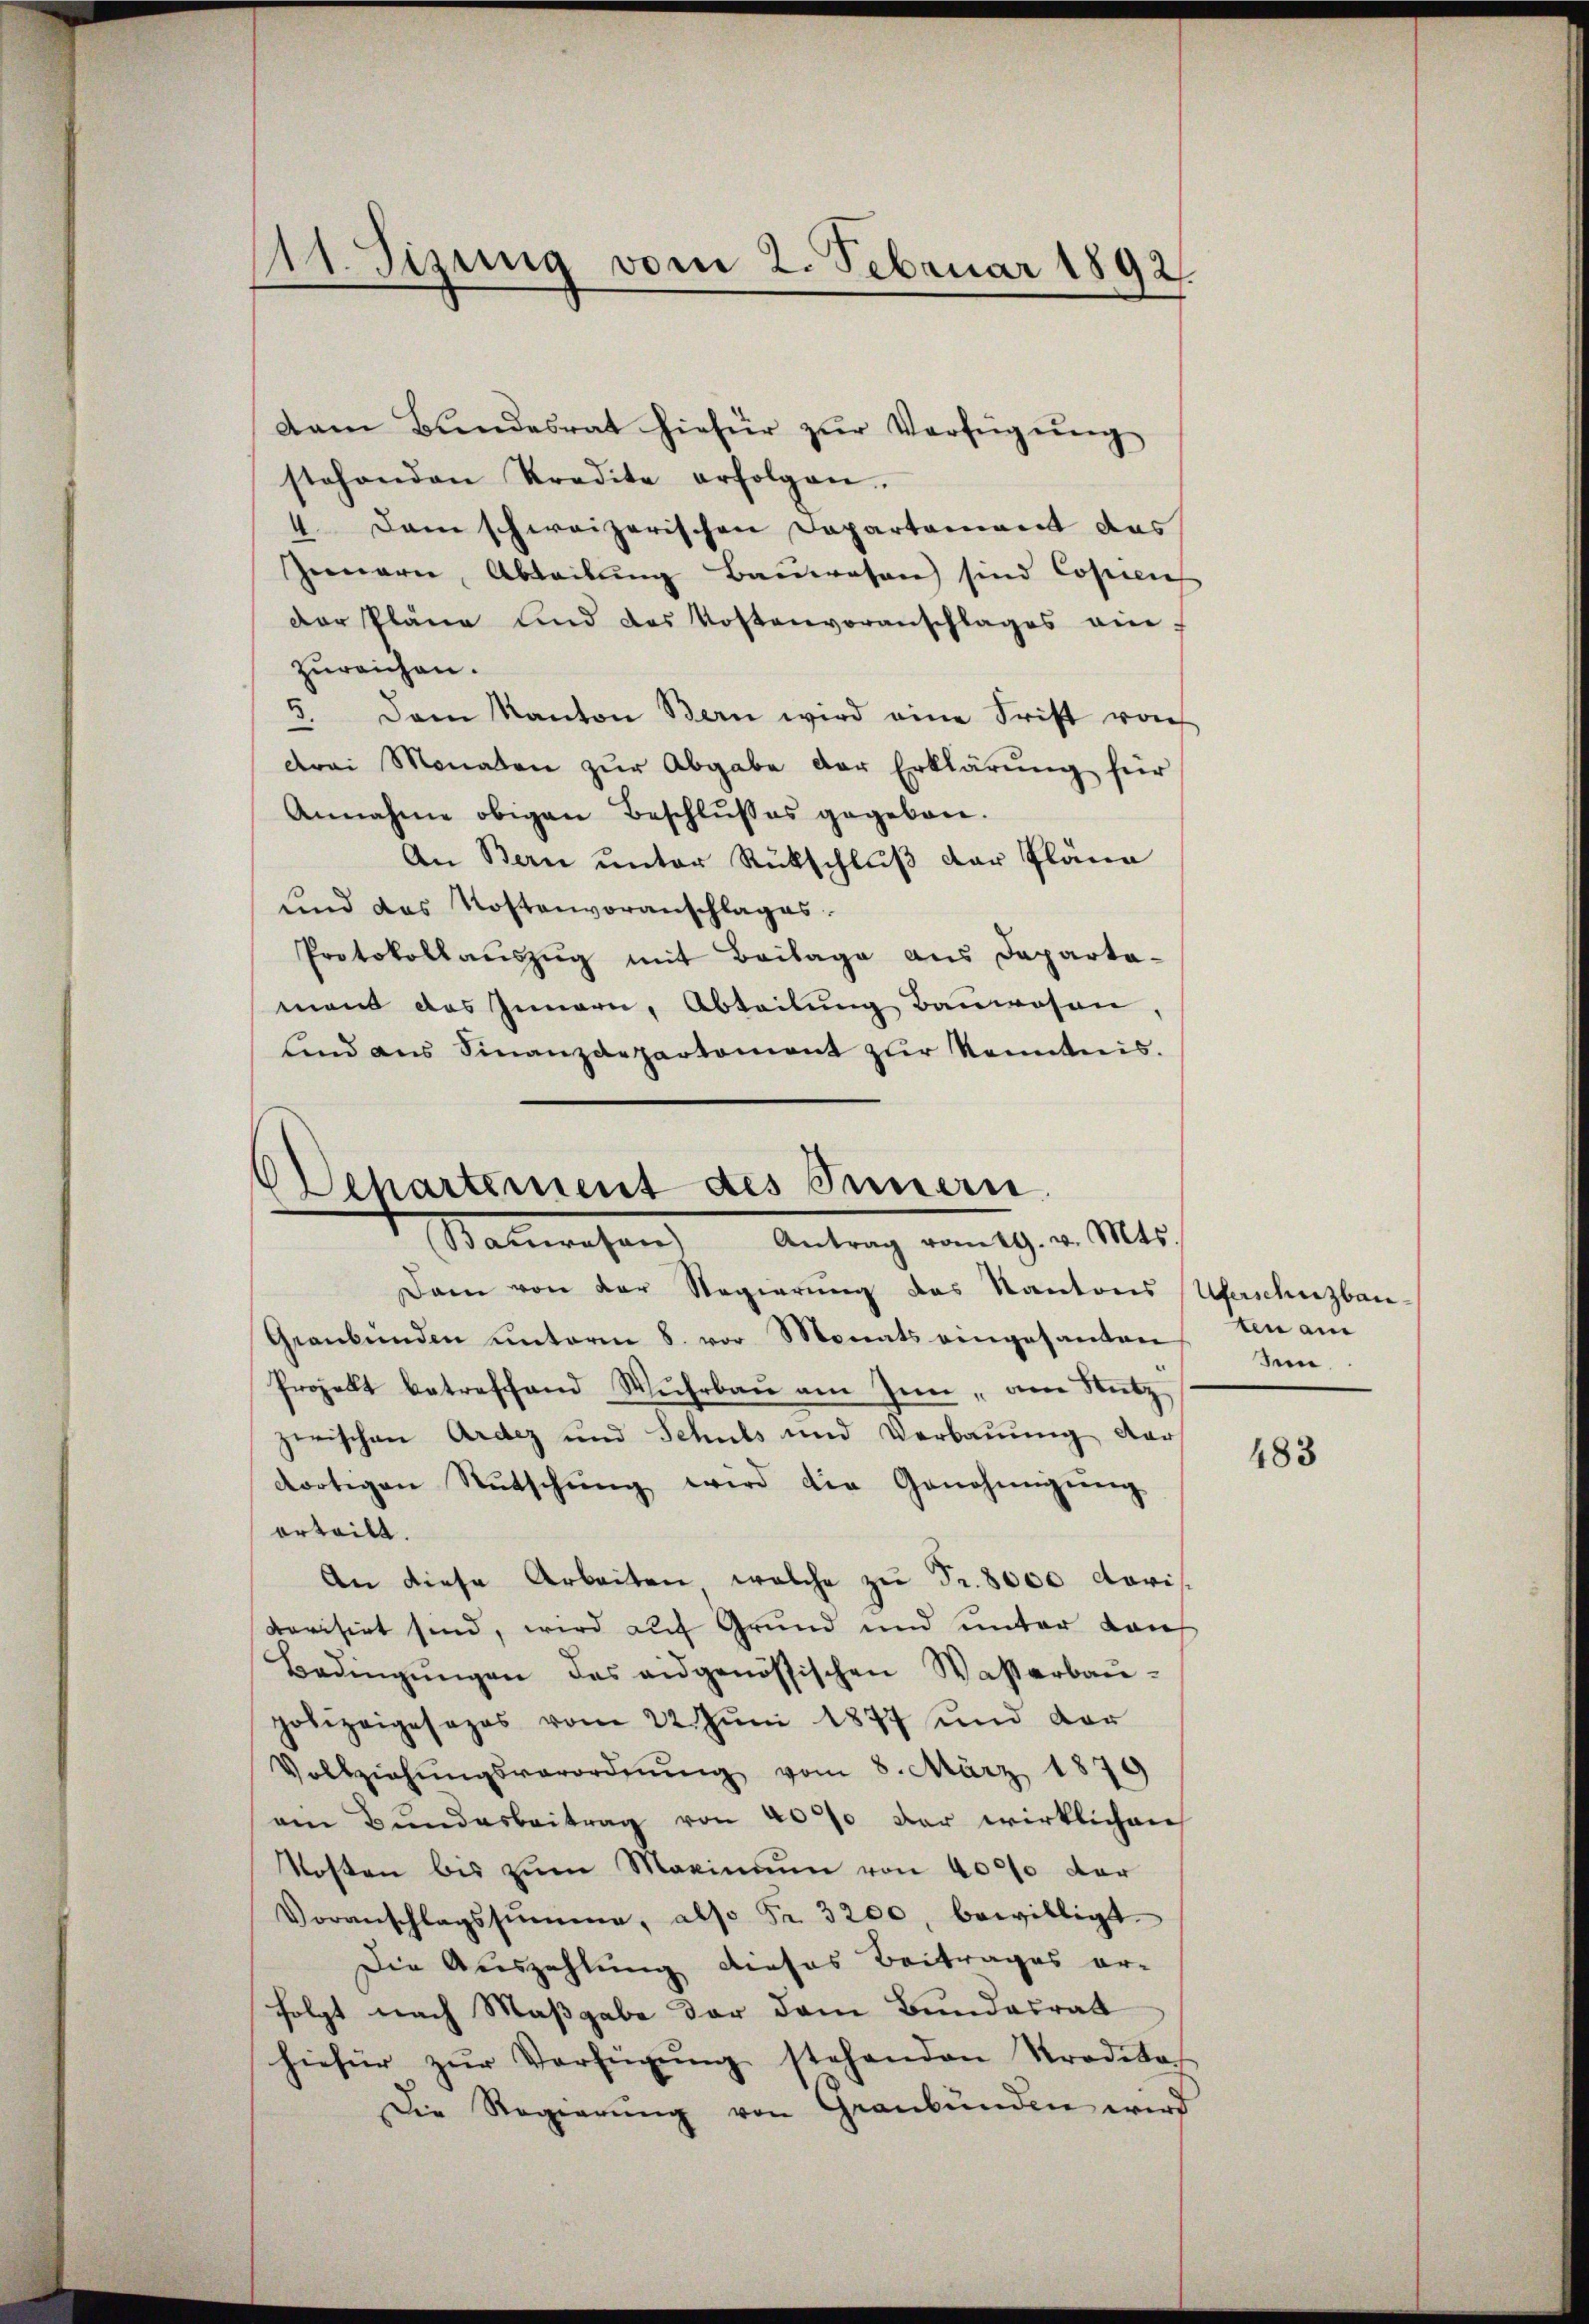
d
Tizung vom 2. Februar 1892.

)
Departement des Innern.
Salwesen Antrag vom 19. v. Mts.

Dann von der Regierung des Kantons Uferschuzbau-
Graubünden unterm 8. vor Monats eingesanten
Projekt betreffend Wuhrbau am Inn, am Nutz
zerischen Ardez und Schuls und Verbauung dar
dortigen Stŭtschŭng wird die Genehmigŭng
erteilt.
An diese Arbeiten welche zu Fr. 8000 Mari
rovisirt sind, wird auf Grund und unter von
Bedingŭngen des eidgenössischen Waßerbau-
polizeigesezes vom 22. Jŭni 1877 und dar
Vollziehŭngsverordnŭng vom 8. März 1879
ein Bŭndesbeitrag von 40% der wirklichen
Kosten bis zum Maximum von 4000 der
Voranschlagssumme, also Fr. 3200, bewilligt.
Die Auszahlung dieses Beitrages er-
folgt nach Maßgabe der dem Bundesrat
hiefür zŭr Verfügŭng stehenden Kreditat
Die Regierŭng von Graubünden wird

dam Bŭndesrat hiefür zŭr Verfügŭng
stehenden Predite erfolgen.
4. Dem schweizerischen Departement das
Zemari, Abteilŭng Baŭwesen sind Copien
Der Pläne und das Kostenvoranschlages ein-
zureichen.
5. Dem Kanton Bern wird eine Frist von
drei Monaten zŭr Abgabe der Erklärung für
Annahme obigen Beschlußes gegeben.
An Bern unter Rückschluß der Pläne
und das Kostenvoranschlages.
Protokollauszug mit Beilage aus Dapartamand das Innern, Abteilung Bauwesen
lind ans Finanzdepartement zŭr Kenntnis.

ten am
sein.

483